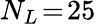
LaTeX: N_{L}\! =\! 25